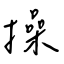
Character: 操